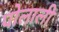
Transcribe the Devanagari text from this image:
पोलाली